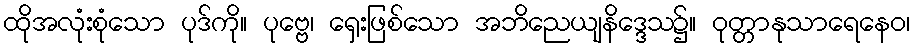
ထိုအလုံးစုံသော ပုဒ်ကို။ ပုဗ္ဗေ၊ ရှေးဖြစ်သော အဘိညေယျနိဒ္ဒေသ၌။ ဝုတ္တာနုသာရေနေဝ၊